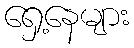
ရှေ့နေများ